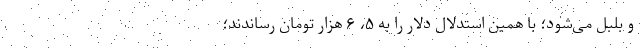
و بلبل می‌شود؛ با همین استدلال دلار را به ۵، ۶ هزار تومان رساندند؛